Kures,_Voldemar, lk 127
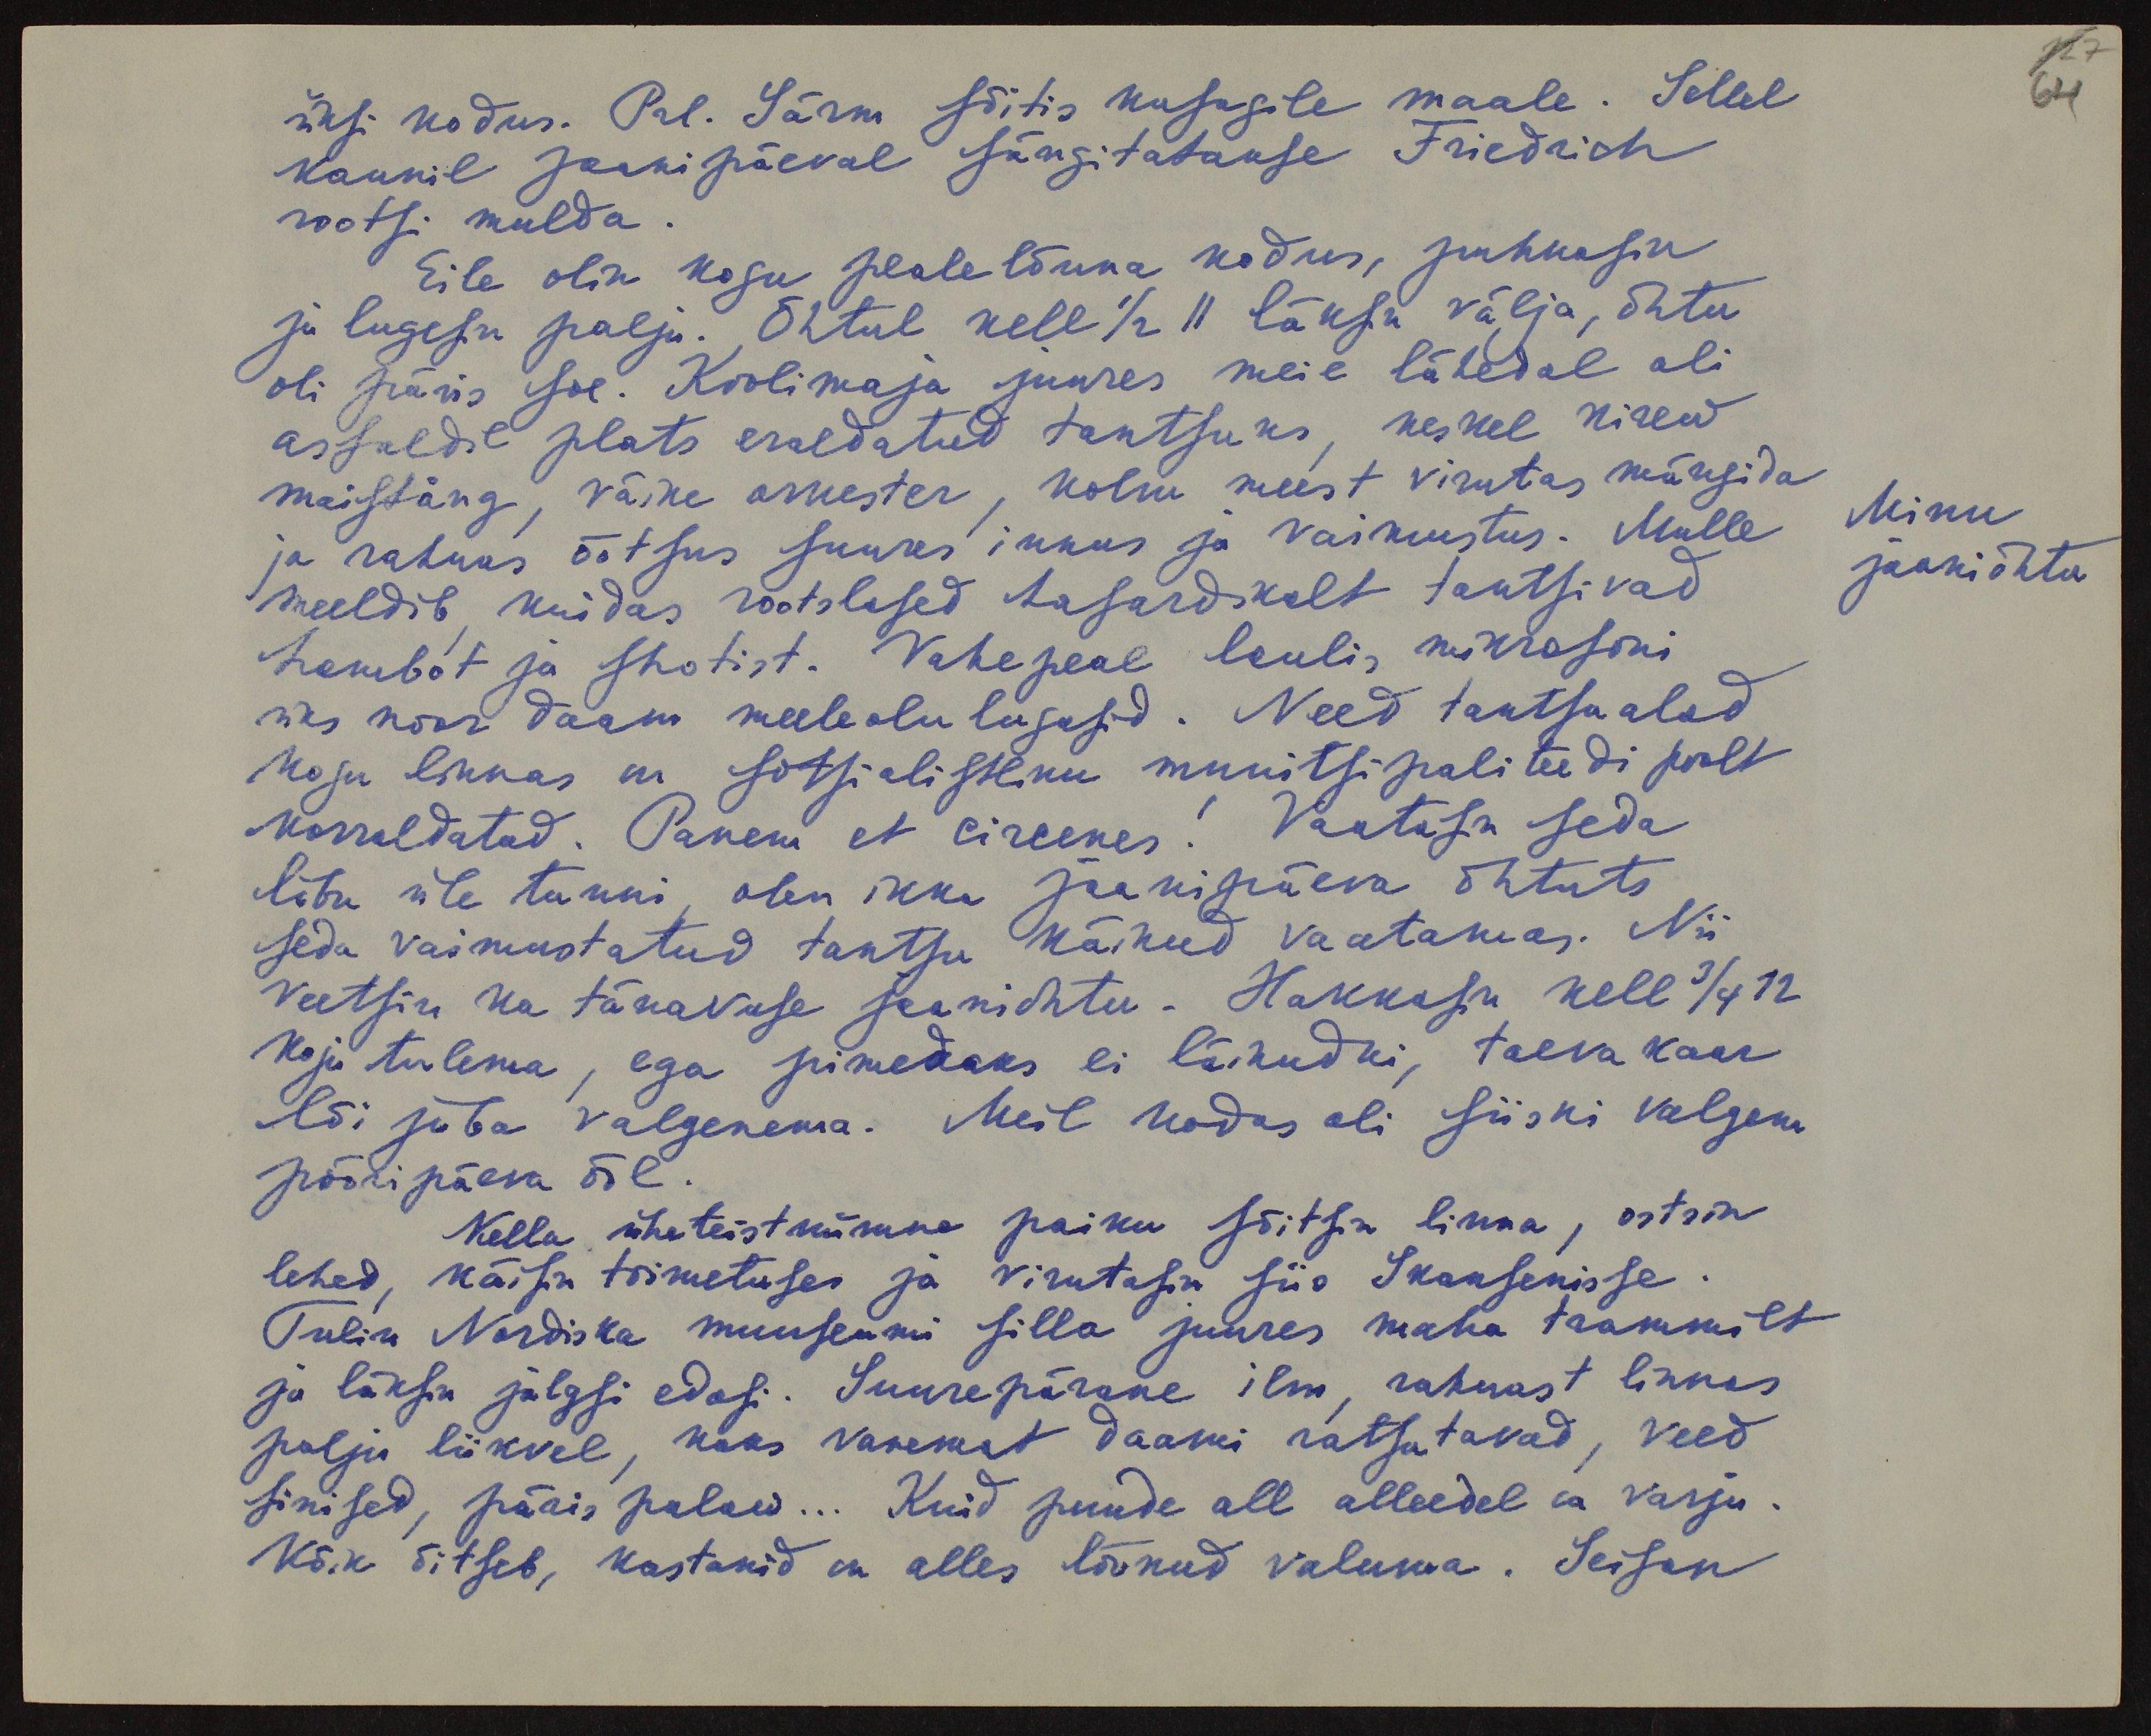
üksi kodus. Prl. Särm sõitis kusagile maale. Sellel
kaunil jaanipäeval sängitatakse Friedrich
rootsi mulda.
Eile olin kogu peale lõuna kodus, puhkasin
ja lugesin palju. Õhtul kell 1/2 11 läksin välja, õhtu
oli päris soe. Koolimaja juures meie lähedal oli
asfaldil plats eraldatud tantsuks, keskel kirew
maistång, väike orkester, kolm meest virutas mängida
ja rahwas õõtsus suures innus ja vaimustus. Mulle
meeldib, kuidas rootslased hasardikult tantsivad
hambot ja shotist. Vahepeal laulis mikrofoni
üks noor daam meeleolu lugusid. Need tantsu alad
kogu linnas on sotsialistliku munitsipaliteedi poolt
korraldatud. Panem et circenes! Vaatasin seda
lõbu üle tunni, olen ikka jaanipäeva õhtuti
seda vaimustatud tantsu käinud vaatamas. Nii
veetsin ka tänavuse jaaniõhtu. Hakkasin kell 3/4 12
koju tulema, ega pimedaks ei läinudki, taeva kaar
lõi juba valgenema. Meil kodus oli siiski valgem
pööripäeva ööl.
Kella üheteistkümne paiku sõitsin linna, ostsin
lehed, käisin toimetuses ja virutasin siis Skansenisse.
Tulin Nordiska muuseumi silla juures maha trammilt
ja läksin jalgsi edasi. Suurepärane ilm, rahwast linnas
palju liikvel, kaks vanemat daami ratsutavad, veed
sinised, päris palaw... Kuid puude all alleedel on varju.
Kõik õitseb, kastanid on alles löönud valuma. Seisan

127
64

Minu
jaaniõhtu